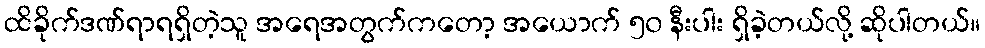
ထိခိုက်ဒဏ်ရာရရှိတဲ့သူ အရေအတွက်ကတော့ အယောက် ၅၀ နီးပါး ရှိခဲ့တယ်လို့ ဆိုပါတယ်။